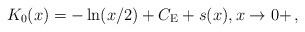
LaTeX: \begin{align*}K_0(x) = -\ln(x/2) + C_{\rm E} + s(x),x\rightarrow 0+\,,\end{align*}